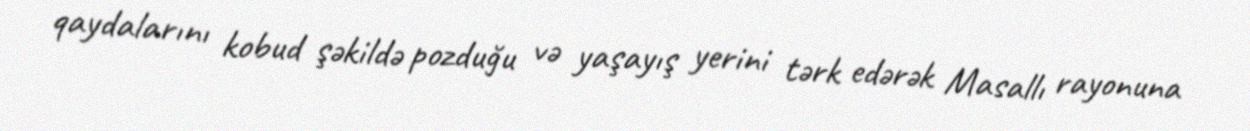
qaydalarını kobud şəkildə pozduğu və yaşayış yerini tərk edərək Masallı rayonuna